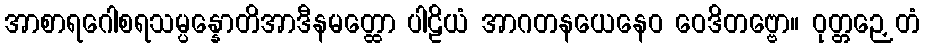
အာစာရဂေါစရသမ္ပန္နောတိအာဒီနမတ္ထော ပါဠိယံ အာဂတနယေနေဝ ဝေဒိတဗ္ဗော။ ဝုတ္တဉှေတံ